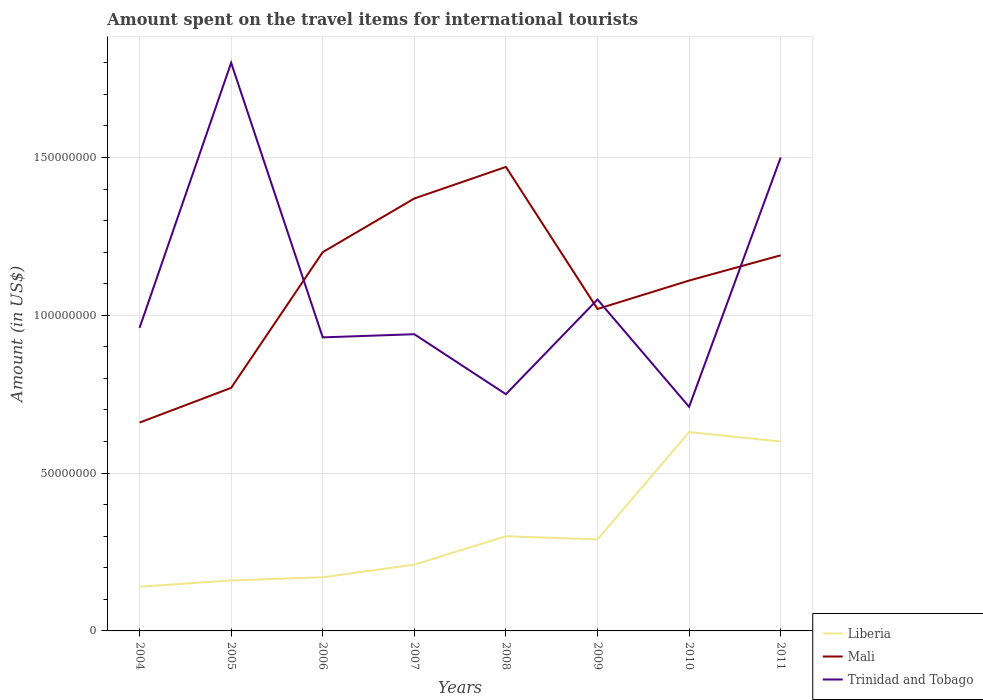
| Years | Liberia | Mali | Trinidad and Tobago |
 | --- | --- | --- | --- |
 | 2004 | 1.4e+07 | 6.6e+07 | 9.6e+07 |
 | 2005 | 1.6e+07 | 7.7e+07 | 1.8e+08 |
 | 2006 | 1.7e+07 | 1.2e+08 | 9.3e+07 |
 | 2007 | 2.1e+07 | 1.37e+08 | 9.4e+07 |
 | 2008 | 3e+07 | 1.47e+08 | 7.5e+07 |
 | 2009 | 2.9e+07 | 1.02e+08 | 1.05e+08 |
 | 2010 | 6.3e+07 | 1.11e+08 | 7.1e+07 |
 | 2011 | 6e+07 | 1.19e+08 | 1.5e+08 |